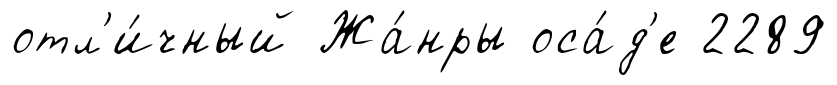
отл'и́чный Жа́нры оса́д'е 2289